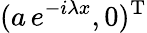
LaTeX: (a\, e^{-i\lambda x},0)^{\mathrm{T}}